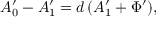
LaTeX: A _ { 0 } ^ { \prime } - A _ { 1 } ^ { \prime } = d \, ( A _ { 1 } ^ { \prime } + \Phi ^ { \prime } ) ,